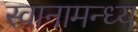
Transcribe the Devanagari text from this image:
स्वानामन्ध्य